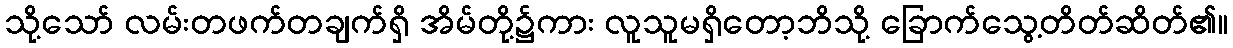
သို့သော် လမ်းတဖက်တချက်ရှိ အိမ်တို့၌ကား လူသူမရှိတော့ဘိသို့ ခြောက်သွေ့တိတ်ဆိတ်၏။